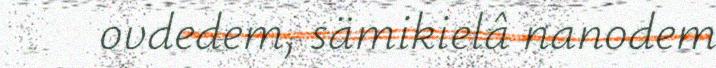
ovdedem, sämikielâ nanodem